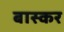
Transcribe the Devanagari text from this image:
बास्कर